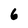
Character: 6